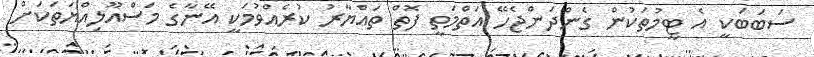
ސަބަބަކީ އެ ޓީމުތަކުން ގެންދަންޖެހޭ އަތްމަތީ ފޮތް ތައްޔާރު ކުރެއްވުމަކީ އޭނާގެ މަސްއޫލިއްޔަތަކަށް